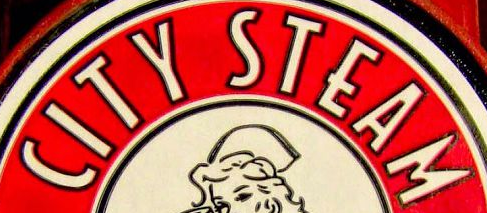
CITY STEAM